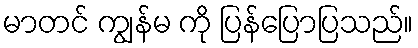
မာတင် ကျွန်မ ကို ပြန်ပြောပြသည်။